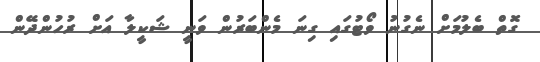
ގޮތް ބެލުމަށް ނެގުނު ވޯޓުގައި ގިނަ މެންބަރުން ވަނީ ޝަކީލާ އަަށް ރުހުންދޭން